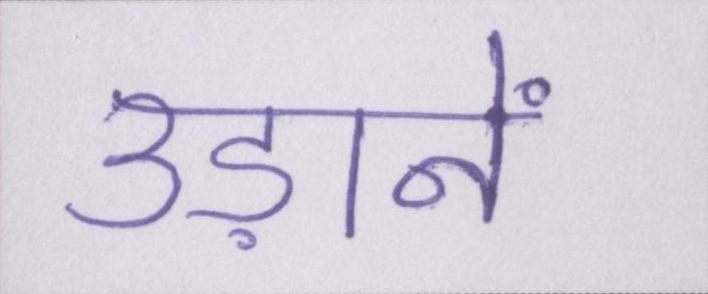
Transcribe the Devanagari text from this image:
उड़ानें